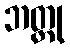
ဘတ္တု